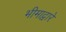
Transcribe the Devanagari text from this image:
भीमाद्वारे